Report on vaccination in Madras 1877-1894 - 1877-1894
Year: 1877
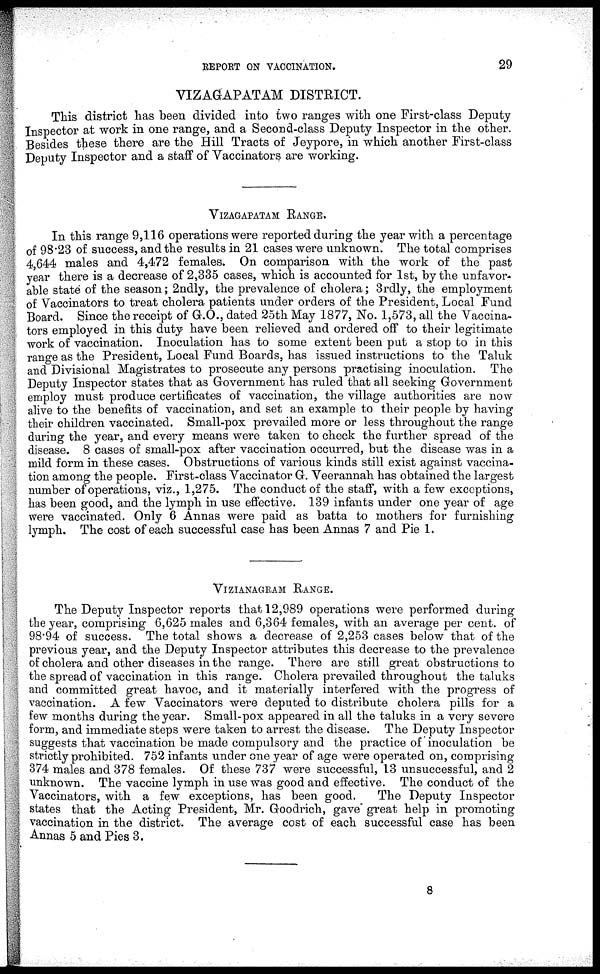
REPORT ON VACCINATION.
29
VIZAGAPATAM DISTRICT.
This district has been divided into two ranges with one First-class Deputy
Inspector at work in one range, and a Second-class Deputy Inspector in the other.
Besides these there are the Hill Tracts of Jeypore, in which another First-class
Deputy Inspector and a staff of Vaccinators are working.
VIZAGAPATAM RANGE.
In this range 9,116 operations were reported during the year with a percentage
of 98.23 of success, and the results in 21 cases were unknown. The total comprises
4,644 males and 4,472 females. On comparison with the work of the past
year there is a decrease of 2,335 cases, which is accounted for 1st, by the unfavor-
able state of the season ; 2ndly, the prevalence of cholera ; 3rdly, the employment
of Vaccinators to treat cholera patients under orders of the President, Local Fund
Board. Since the receipt of G.O., dated 25th May 1877, No. 1,573, all the Vaccina-
tors employed in this duty have been relieved and ordered off to their legitimate
work of vaccination. Inoculation has to some extent been put a stop to in this
range as the President, Local Fund Boards, has issued instructions to the Taluk
and Divisional Magistrates to prosecute any persons practising inoculation. The
Deputy Inspector states that as Government has ruled that all seeking Government
employ must produce certificates of vaccination, the village authorities are now
alive to the benefits of vaccination, and set an example to their people by having
their children vaccinated. Small-pox prevailed more or less throughout the range
during the year, and every means were taken to check the further spread of the
disease. 8 cases of small-pox after vaccination occurred, but the disease was in a
mild form in these cases. Obstructions of various kinds still exist against vaccina-
tion among the people. First-class Vaccinator G. Veerannah has obtained the largest
number of operations, viz., 1,275. The conduct of the staff, with a few exceptions,
has been good, and the lymph in use effective. 139 infants under one year of age
were vaccinated. Only 6 Annas were paid as batta to mothers for furnishing
lymph. The cost of each successful case has been Annas 7 and Pie 1.
VIZIANAGRAM RANGE.
The Deputy Inspector reports that 12,989 operations were performed during
the year, comprising 6,625 males and 6,364 females, with an average per cent. of
98.94 of success. The total shows a decrease of 2,253 cases below that of the
previous year, and the Deputy Inspector attributes this decrease to the prevalence
of cholera and other diseases in the range. There are still great obstructions to
the spread of vaccination in this range. Cholera prevailed throughout the taluks
and committed great havoc, and it materially interfered with the progress of
vaccination. A few Vaccinators were deputed to distribute cholera pills for a
few months during the year. Small-pox appeared in all the taluks in a very severe
form, and immediate steps were taken to arrest the disease. The Deputy Inspector
suggests that vaccination be made compulsory and the practice of inoculation be
strictly prohibited. 752 infants under one year of age were operated on, comprising
374 males and 378 females. Of these 737 were successful, 13 unsuccessful, and 2
unknown. The vaccine lymph in use was good and effective. The conduct of the
Vaccinators, with a few exceptions, has been good.
The Deputy Inspector
states that the Acting President, Mr. Goodrich, gave great help in promoting
vaccination in the district. The average cost of each successful case has been
Annas 5 and Pies 3.
8